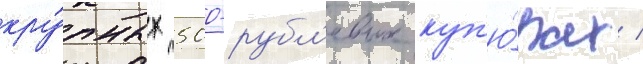
кру́пных 500-рубл'евых куп'ю́рах /